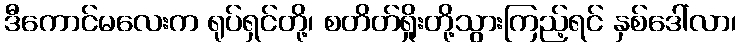
ဒီကောင်မလေးက ရုပ်ရှင်တို့၊ စတိတ်ရှိုးတို့သွားကြည့်ရင် နှစ်ဒေါ်လာ၊